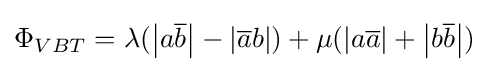
\Phi _{VBT}=\lambda (\left\vert a{\overline {b}}\right\vert -\left\vert {\overline {a}}b\right\vert )+\mu (\left\vert a{\overline {a}}\right\vert +\left\vert b{\overline {b}}\right\vert )